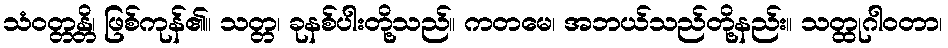
သံဝတ္တန္တိ၊ ဖြစ်ကုန်၏။ သတ္တ၊ ခုနစ်ပါးတို့သည်။ ကတမေ၊ အဘယ်သည်တို့နည်း။ သတ္ထုဂါဝတာ၊